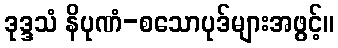
ဒုဒ္ဒသံ နိပုဏံ-စသောပုဒ်များအဖွင့်။